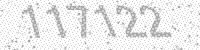
Solution: 117122